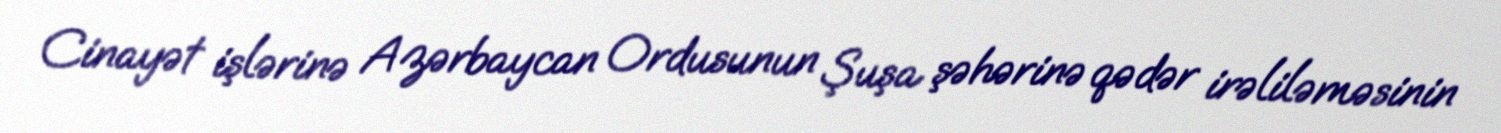
Cinayət işlərinə Azərbaycan Ordusunun Şuşa şəhərinə qədər irəliləməsinin